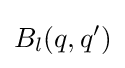
B_{l}(q,q')